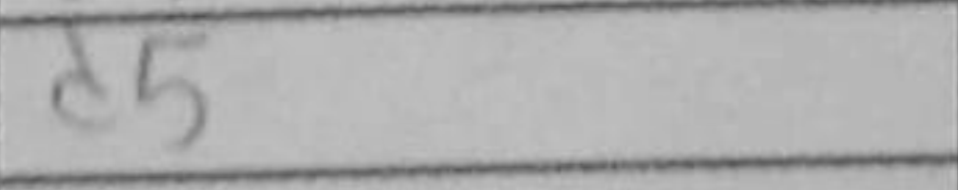
Transcription: d5